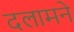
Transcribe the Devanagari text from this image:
दलामने